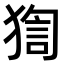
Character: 𤟼